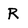
Character: R